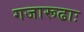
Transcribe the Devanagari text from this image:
गजारूढाः